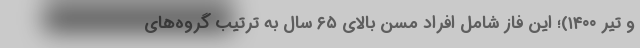
و تیر ۱۴۰۰)؛ این فاز شامل افراد مسن بالای ۶۵ سال به ترتیب گروه‌های